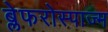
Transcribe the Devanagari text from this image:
ब्लेफरोस्पाज्म